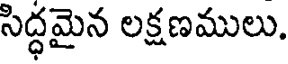
సిద్ధమైన లక్షణములు.